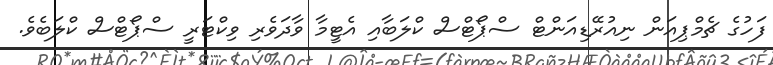
ފަހުގެ ޗެމްޕިއަން ނިއުރޭޑިއަންޓް ސްޕޯޓްސް ކްލަބާއި އެޓީމާ ވާދަވެރި ވިކްޓަރީ ސްޕޯޓްސް ކްލަބެވެ.